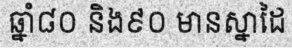
ឆ្នាំ៨០ និង៩០ មានស្នាដៃ